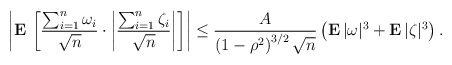
\begin{align*}\left| {\bf E\,}\left[ \frac{\sum_{i=1}^{n}\omega _{i}}{\sqrt{n}}\cdot\left| \frac{\sum_{i=1}^{n}\zeta _{i}}{\sqrt{n}}\right| \right] \right| \leq\frac{A}{\left( 1-\rho ^{2}\right) ^{3/2}\sqrt{n}}\left( {\bf E\,}|\omega|^{3}+{\bf E\,}|\zeta |^{3}\right) . \end{align*}